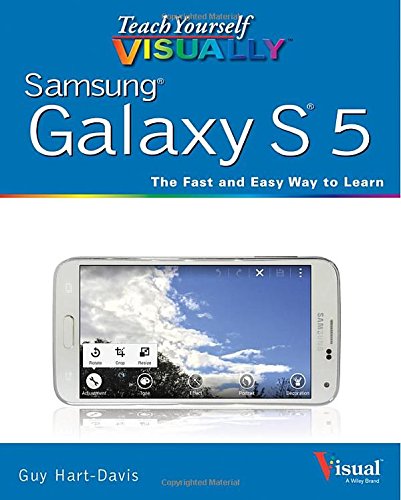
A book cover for Teach Yourself VISUALLY Samsung Galaxy S5; Guy Hart-Davis; Computers & Technology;